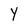
Character: Y